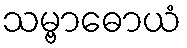
သမ္ဗာဓောယံ